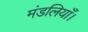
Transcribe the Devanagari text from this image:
मंडलियाँ।